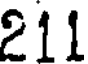
211